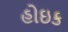
હોઇક